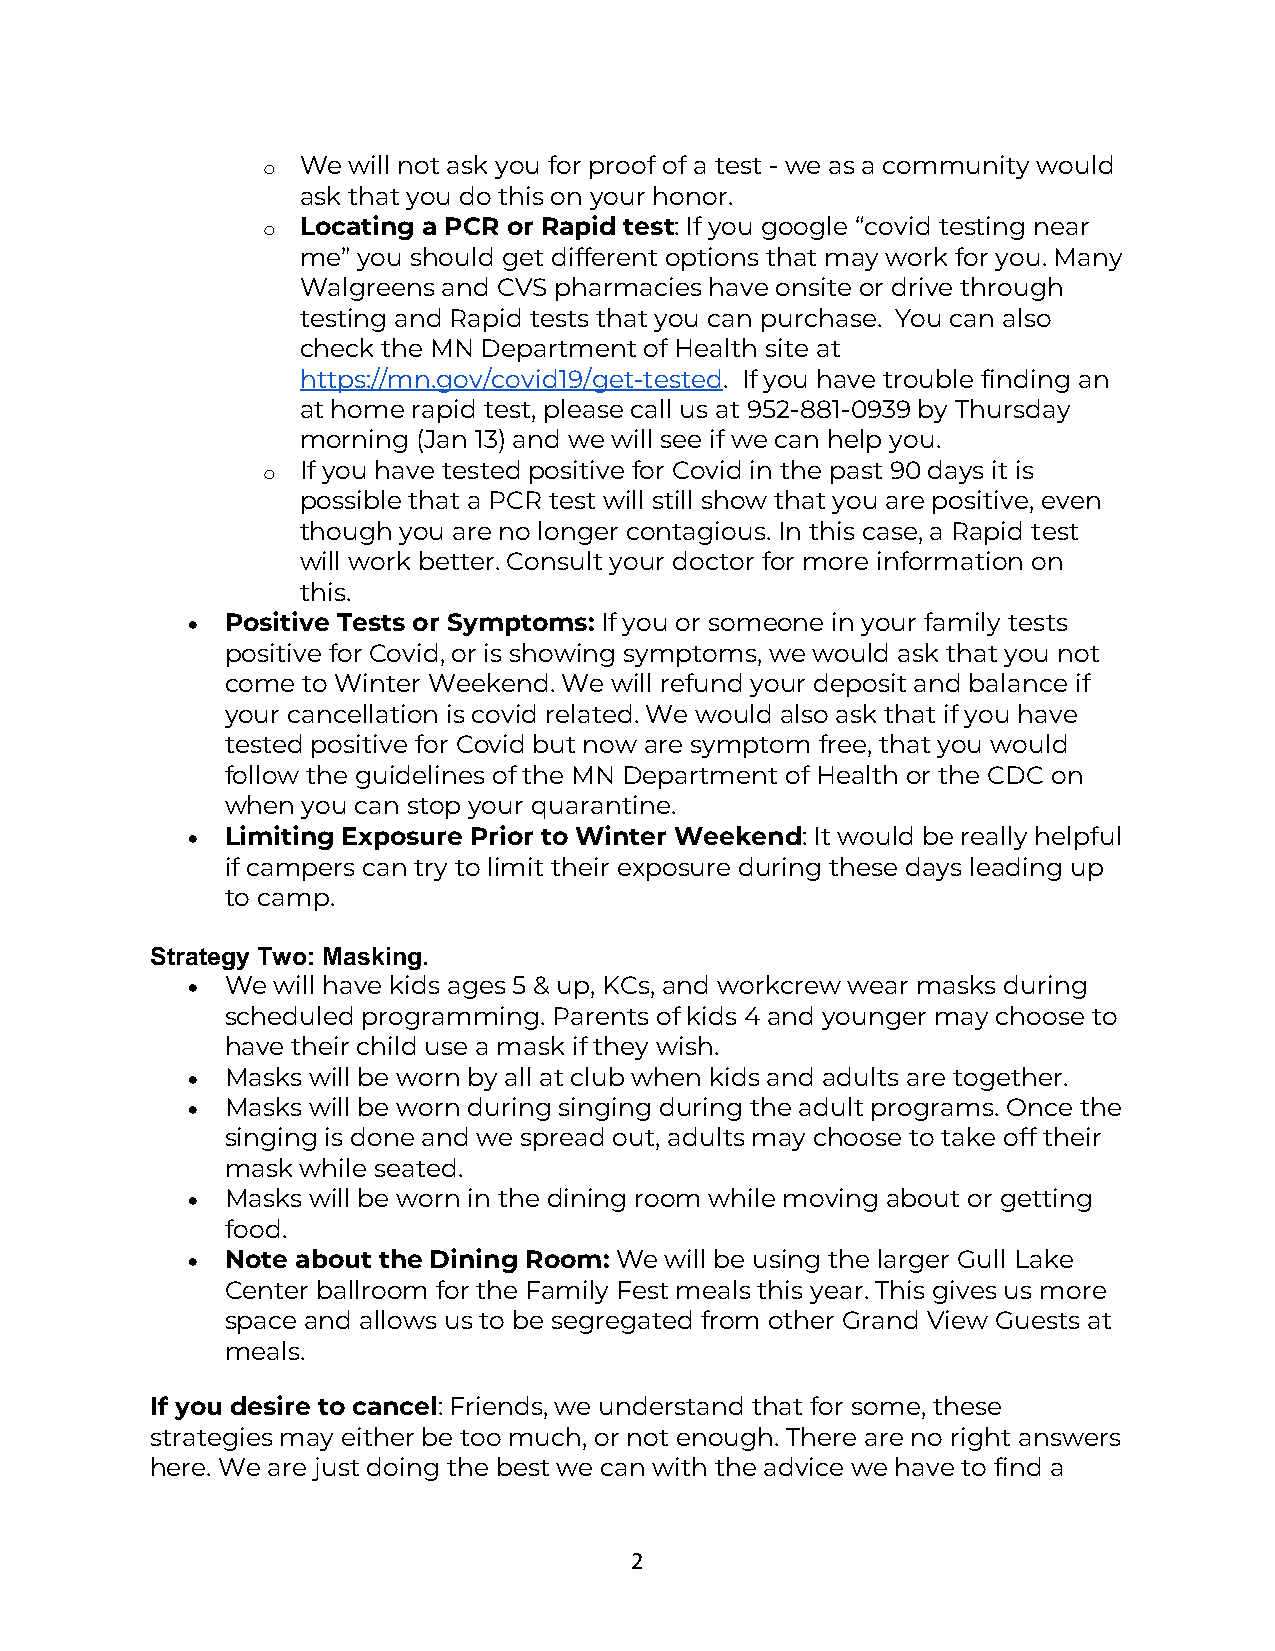
o  We will not ask you for proof of a test - we as a community would
 ask that you do this on your honor.
 o  Locating a PCR or Rapid test: If you google “covid testing near
 me” you should get different options that may work for you. Many
 Walgreens and CVS pharmacies have onsite or drive through
 testing and Rapid tests that you can purchase. You can also
 check the MN Department of Health site at
 https://mn.gov/covid19/get-tested. If you have trouble finding an
 at home rapid test, please call us at 952-881-0939 by Thursday
 morning (Jan 13) and we will see if we can help you.
 o  If you have tested positive for Covid in the past 90 days it is
 possible that a PCR test will still show that you are positive, even
 though you are no longer contagious. In this case, a Rapid test
 will work better. Consult your doctor for more information on
 this.
 •  Positive Tests or Symptoms: If you or someone in your family tests
 positive for Covid, or is showing symptoms, we would ask that you not
 come to Winter Weekend. We will refund your deposit and balance if
 your cancellation is covid related. We would also ask that if you have
 tested positive for Covid but now are symptom free, that you would
 follow the guidelines of the MN Department of Health or the CDC on
 when you can stop your quarantine.
 •  Limiting Exposure Prior to Winter Weekend: It would be really helpful
 if campers can try to limit their exposure during these days leading up
 to camp.
 Strategy Two: Masking.
 •  We will have kids ages 5 & up, KCs, and workcrew wear masks during
 scheduled programming. Parents of kids 4 and younger may choose to
 have their child use a mask if they wish.
 •  Masks will be worn by all at club when kids and adults are together.
 •  Masks will be worn during singing during the adult programs. Once the
 singing is done and we spread out, adults may choose to take off their
 mask while seated.
 •  Masks will be worn in the dining room while moving about or getting
 food.
 •  Note about the Dining Room: We will be using the larger Gull Lake
 Center ballroom for the Family Fest meals this year. This gives us more
 space and allows us to be segregated from other Grand View Guests at
 meals.
 If you desire to cancel: Friends, we understand that for some, these
 strategies may either be too much, or not enough. There are no right answers
 here. We are just doing the best we can with the advice we have to find a
 2